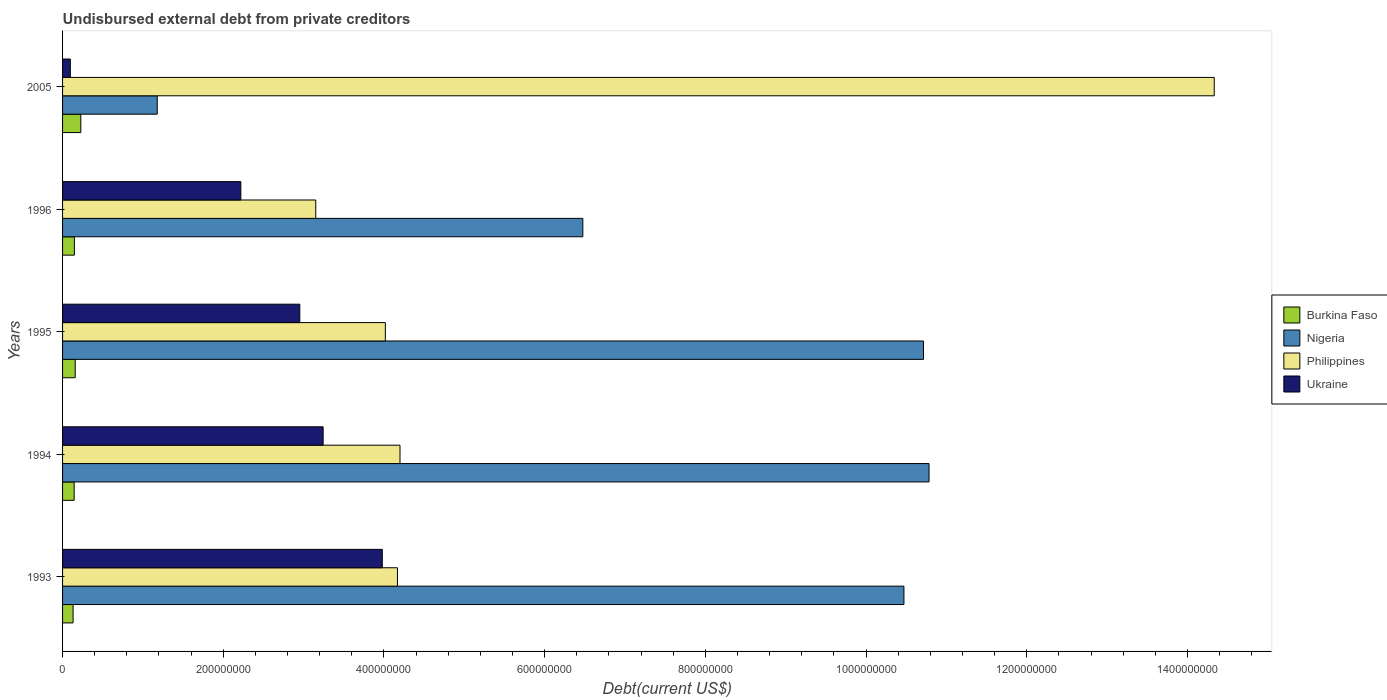
| Years | Burkina Faso | Nigeria | Philippines | Ukraine |
 | --- | --- | --- | --- | --- |
 | 1993 | 1.31e+07 | 1.05e+09 | 4.17e+08 | 3.98e+08 |
 | 1994 | 1.44e+07 | 1.08e+09 | 4.2e+08 | 3.24e+08 |
 | 1995 | 1.57e+07 | 1.07e+09 | 4.02e+08 | 2.95e+08 |
 | 1996 | 1.47e+07 | 6.48e+08 | 3.15e+08 | 2.22e+08 |
 | 2005 | 2.27e+07 | 1.18e+08 | 1.43e+09 | 9.66e+06 |